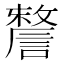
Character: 𧫬